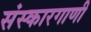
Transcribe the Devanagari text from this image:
संस्कारगाणी